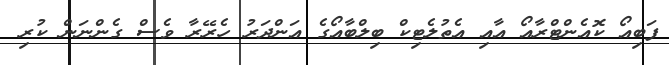
ފަބިއޯ ކޮއެންޓްރާއޯ އާއި އެތުލެޓިކް ބިލްބާއޯގެ އަންދަރު ހެރޭރާ ވެސް ގެންނަން ކުރި